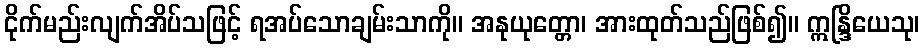
ငိုက်မည်းလျက်အိပ်သဖြင့် ရအပ်သောချမ်းသာကို။ အနုယုတ္တော၊ အားထုတ်သည်ဖြစ်၍။ ဣန္ဒြိယေသု၊